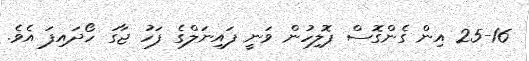
25-16 އިން ގެންގޮސް ޕޮލިހުން ވަނީ ފައިނަލްގެ ފަހު ޖާގަ ހޯދައިފަ އެވެ.